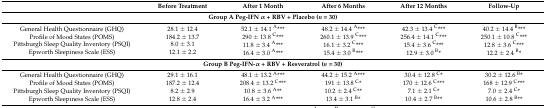
<table><thead><tr><td></td><td><b>Before Treatment</b></td><td><b>After 1 Month</b></td><td><b>After 6 Months</b></td><td><b>After 12 Months</b></td><td><b>Follow-Up</b></td></tr></thead><tbody><tr><td colspan="6"><b>Group A Peg-IFN α + RBV + Placebo (<i>n</i> = 30)</b></td></tr><tr><td>General Health Questionnaire (GHQ)</td><td>28.1 ± 12.4</td><td>52.1 ± 14.1 <sup>A</sup>***</td><td>48.2 ± 14.4 <sup>A</sup>***</td><td>42.3 ± 13.4 <sup>C</sup>***</td><td>40.2 ± 14.4 <sup>B</sup>***</td></tr><tr><td>Profile of Mood States (POMS)</td><td>184.2 ± 13.7</td><td>290 ± 13.8 <sup>C</sup>***</td><td>260.1 ± 13.9 <sup>C</sup>***</td><td>256.4 ± 14.1 <sup>C</sup>***</td><td>250.1 ± 10.8 <sup>C</sup>***</td></tr><tr><td>Pittsburgh Sleep Quality Inventory (PSQI)</td><td>8.0 ± 3.1</td><td>11.8 ± 3.4 <sup>A</sup>***</td><td>16.1 ± 3.2 <sup>C</sup>***</td><td>15.4 ± 3.6 <sup>C</sup>***</td><td>12.8 ± 3.6 <sup>C</sup>***</td></tr><tr><td>Epworth Sleepiness Scale (ESS)</td><td>12.1 ± 2.2</td><td>16.4 ± 3.0 <sup>A</sup>***</td><td>15.4 ± 3.0 <sup>B</sup>***</td><td>12.9 ± 3.0 <sup>B</sup>*</td><td>12.2 ± 2.4 <sup>B</sup>*</td></tr><tr><td colspan="6"><b>Group B Peg-IFN-α + RBV + Resveratrol (<i>n</i> = 30)</b></td></tr><tr><td>General Health Questionnaire (GHQ)</td><td>29.1 ± 16.1</td><td>48.1 ± 13.2 <sup>A</sup>***</td><td>44.2 ± 15.2 <sup>A</sup>***</td><td>30.4 ± 12.8 <sup>C</sup>*</td><td>30.2 ± 12.6 <sup>B</sup>*</td></tr><tr><td>Profile of Mood States (POMS)</td><td>187.2 ± 12.4</td><td>208.4 ± 13.2 <sup>C</sup>***</td><td>191 ± 13.8 <sup>C</sup>*</td><td>170 ± 12.6 <sup>C</sup>***</td><td>168 ± 12.9 <sup>C</sup>***</td></tr><tr><td>Pittsburgh Sleep Quality Inventory (PSQI)</td><td>8.2 ± 2.9</td><td>10.8 ± 3.6 <sup>A</sup>**</td><td>10.2 ± 2.4 <sup>C</sup>**</td><td>7.1 ± 2.1 <sup>C</sup>*</td><td>7.0 ± 2.4 <sup>C</sup>*</td></tr><tr><td>Epworth Sleepiness Scale (ESS)</td><td>12.8 ± 2.4</td><td>16.4 ± 3.2 <sup>A</sup>***</td><td>13.4 ± 3.1 <sup>B</sup>*</td><td>10.4 ± 2.7 <sup>B</sup>**</td><td>10.6 ± 2.8 <sup>B</sup>**</td></tr></tbody></table>